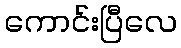
ကောင်းပြီလေ